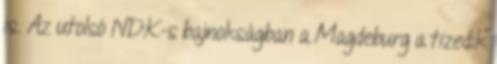
is. Az utolsó NDK-s bajnokságban a Magdeburg a tizedik